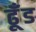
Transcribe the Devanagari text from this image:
ढूँड